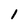
Character: 1